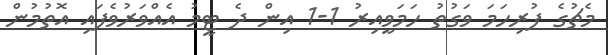
މެޗުގެ ފުރިހަމަ ވަގުތު ހަމަވީއިރު 1-1 އިން ދެ ޓީމު އެއްވަރުވެފައި އޮތުމުން